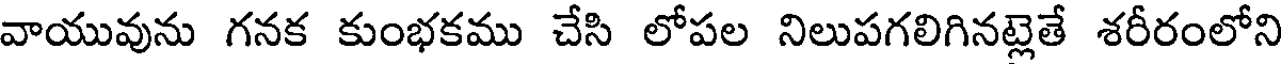
వాయువును గనక కుంభకము చేసి లోపల నిలుపగలిగినట్లెతే శరీరంలోని